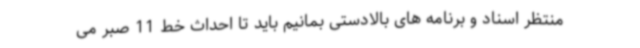
منتظر اسناد و برنامه های بالادستی بمانیم باید تا احداث خط 11 صبر می